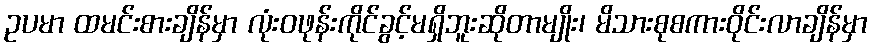
ဥပမာ ထမင်းစားချိန်မှာ လုံးဝဖုန်းကိုင်ခွင့်မရှိဘူးဆိုတာမျိုး၊ မိသားစုစကားဝိုင်းလာချိန်မှာ